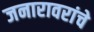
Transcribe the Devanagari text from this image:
जनारावरांचे